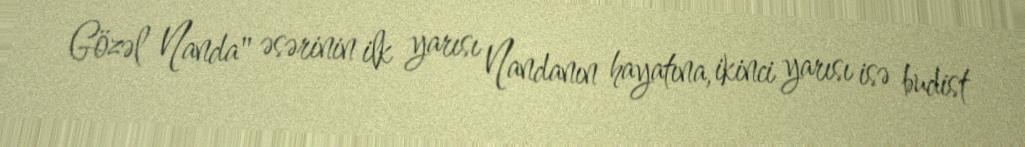
Gözəl Nanda" əsərinin ilk yarısı Nandanın hayatına, ikinci yarısı isə budist